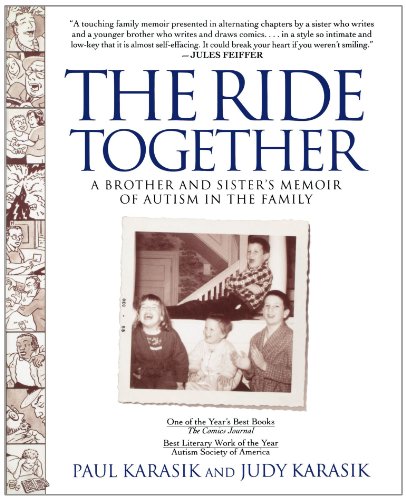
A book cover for The Ride Together: A Brother and Sister's Memoir of Autism in the Family; Paul Karasik; Parenting & Relationships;